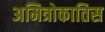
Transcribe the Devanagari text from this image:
अमित्रोकातिस